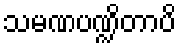
သမဏပဏ္ဍိတာပိ